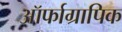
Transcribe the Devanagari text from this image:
ऑर्फाग्रापिक